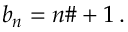
b _ { n } = n \# + 1 \, .